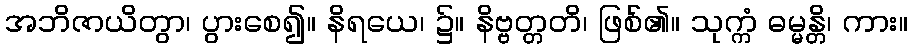
အဘိဇာယိတွာ၊ ပွားစေ၍။ နိရယေ၊ ၌။ နိဗ္ဗတ္တတိ၊ ဖြစ်၏။ သုက္ကံ ဓမ္မန္တိ၊ ကား။